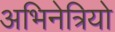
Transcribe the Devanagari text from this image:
अभिनेत्रियो